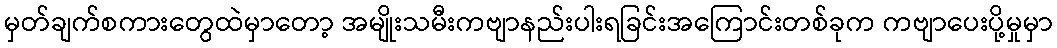
မှတ်ချက်စကားတွေထဲမှာတော့ အမျိုးသမီးကဗျာနည်းပါးရခြင်းအကြောင်းတစ်ခုက ကဗျာပေးပို့မှုမှာ